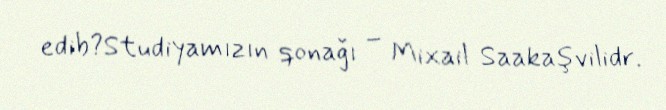
edib?Studiyamızın qonağı – Mixail Saakaşvilidr.